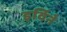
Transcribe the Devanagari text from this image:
इर्विने